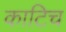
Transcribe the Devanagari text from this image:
काटिच